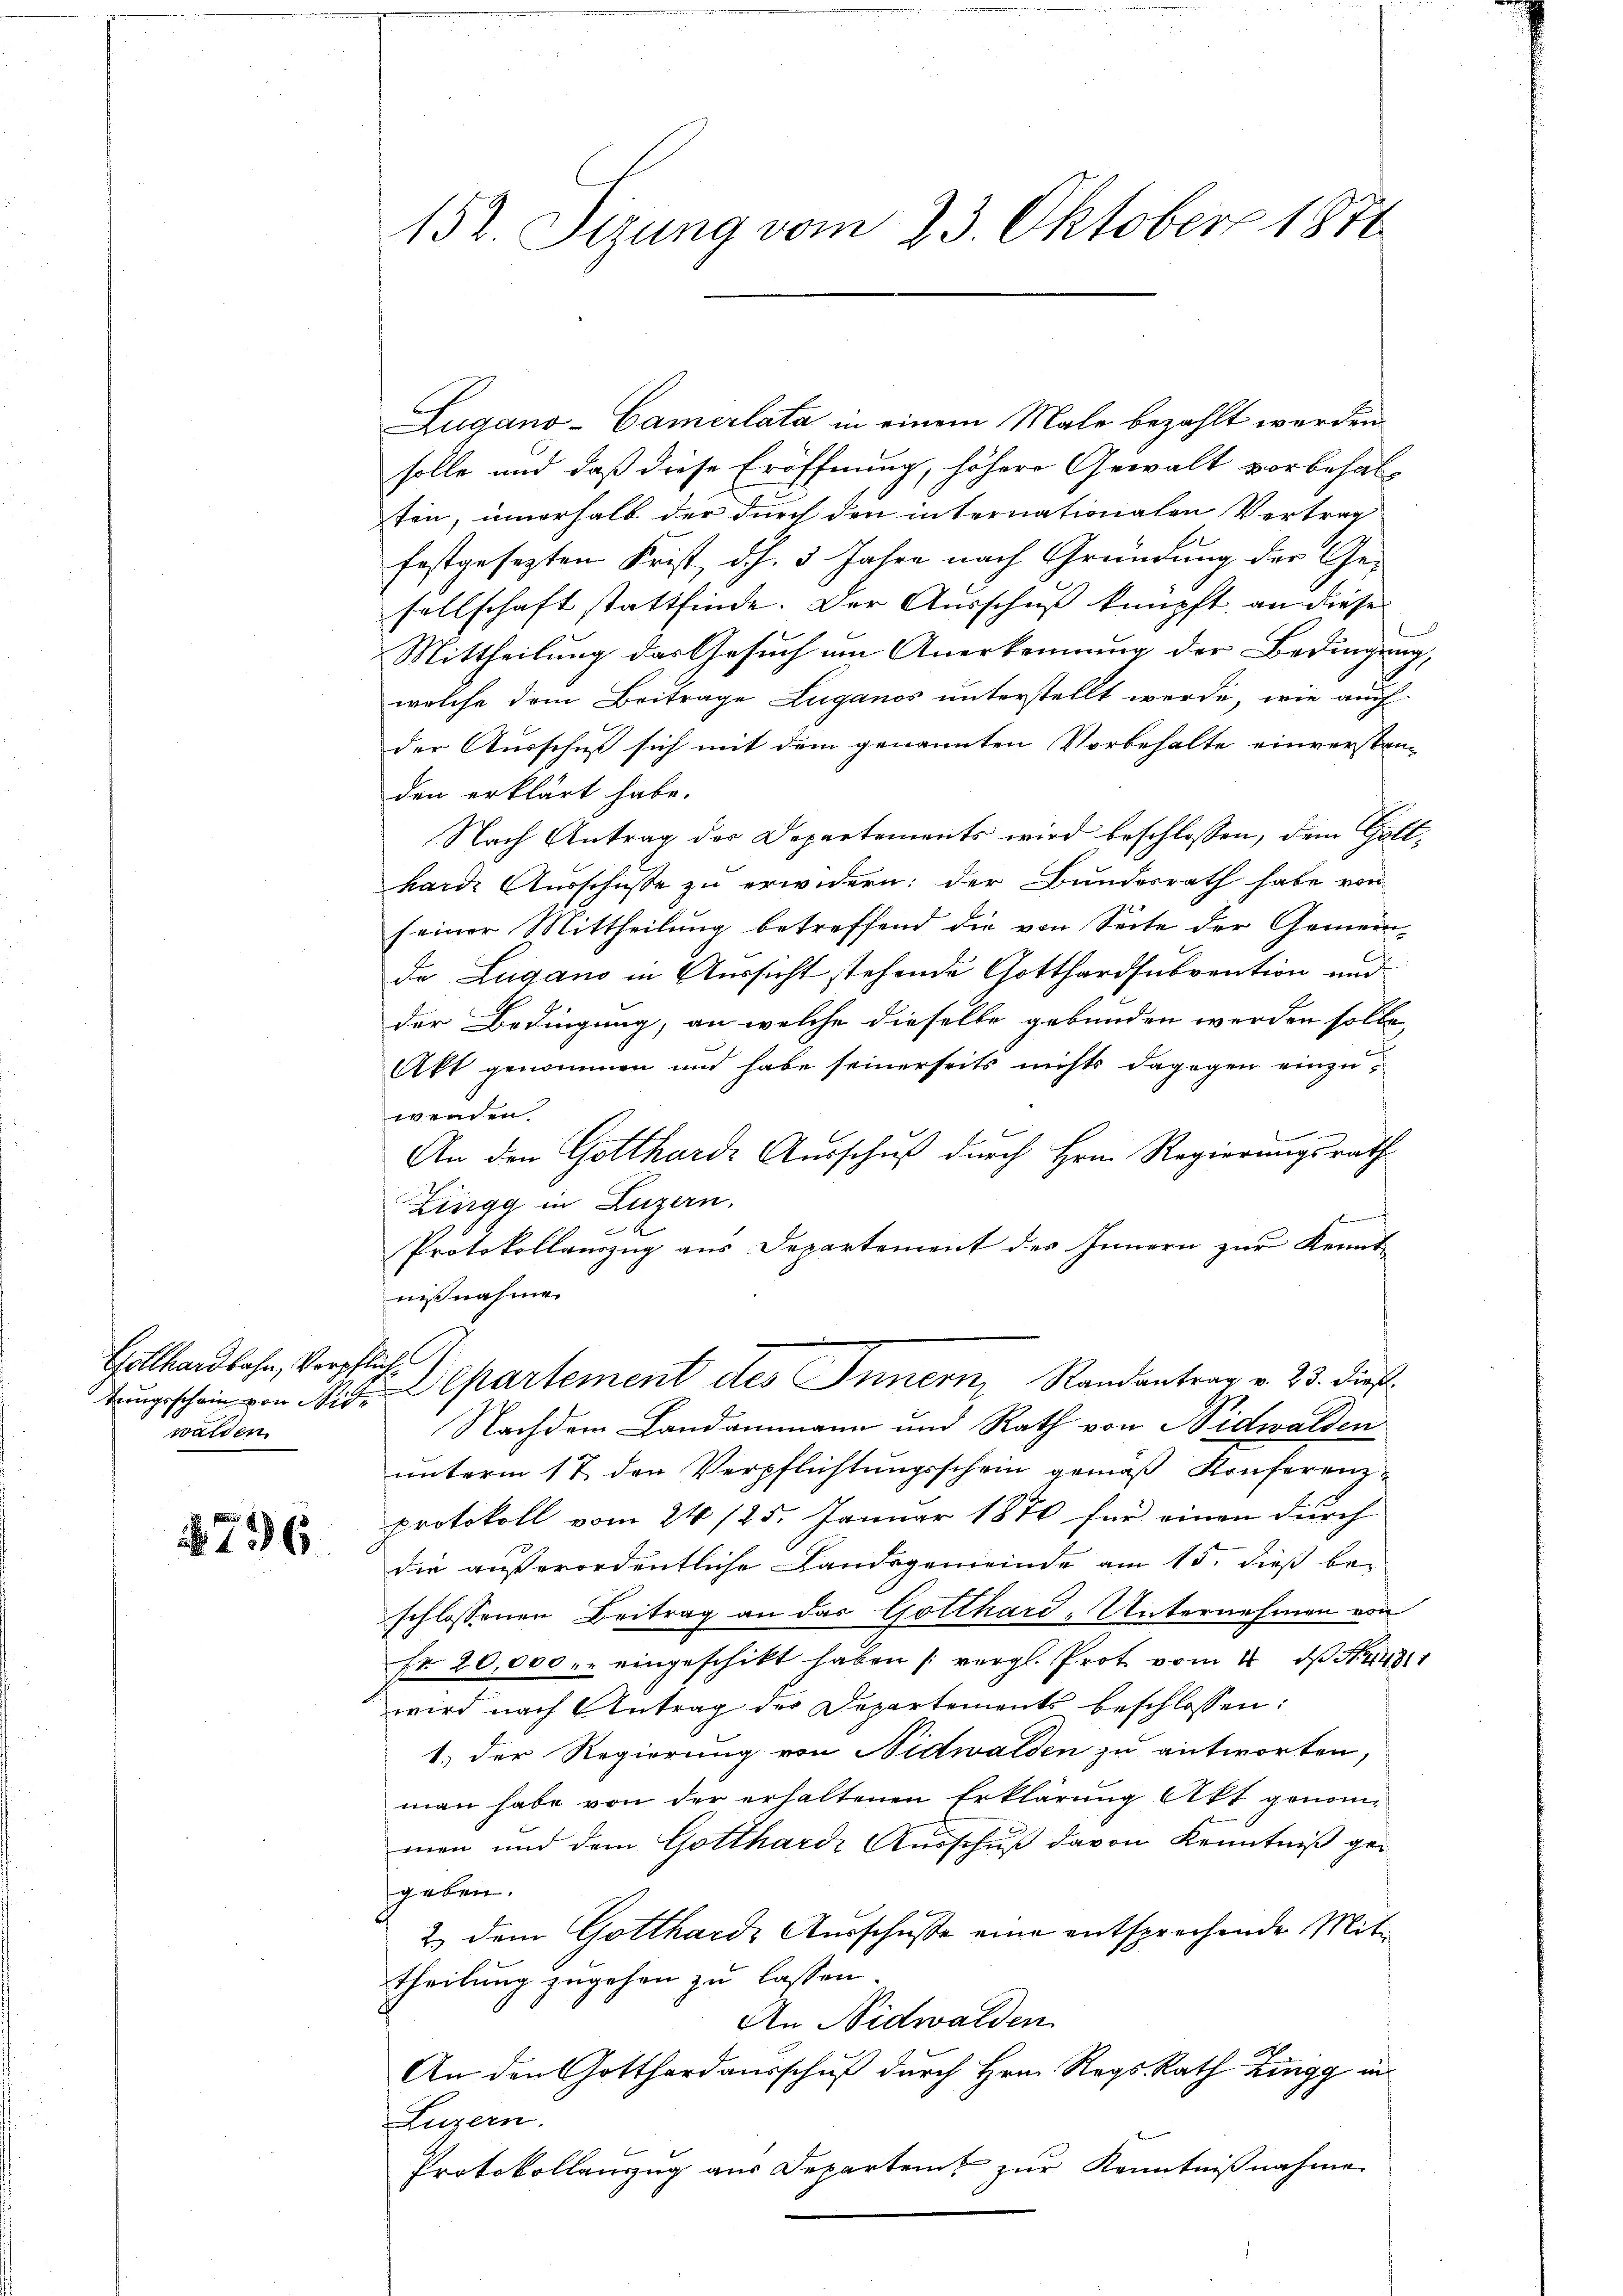
Gotthardbahn, Verpflich
walden

796

152. Sitzung vom 23. Oktober 1871

Zugano-Camerlata in einem Male bezahlt werden.
solle und daß diese Eröffnung, höhere Gewalt vorbehal-
ten, innerhalb der durch den internationalen Vertrag
festgesezten Frist, d.h. 5 Jahre nach Gründung der Gesellschaft stattfinde. Der Ausschuß knüpft, an diese
Mittheilung das Gesuch am Anerkennung der Bedingung,
welche dem Beitrage Luganos unterstellt werde, wie auch
der Ausschuß sich mit dem genannten Vorbehalte einverstanden erklärt habe.
Nach Antrag des Departements wird beschlossen, dem Gotthard Ausschusse zu erwidern: der Bundesrath habe von
seiner Mittheilung betreffend die von Seite der Gemeinde Lugano in Aussicht stehende Gotthardsubvention und
der Bedingung, an welche dieselbe gebunden werden solle,
Akt genommen und habe seinerseits nichts dagegen einzu-
wenden.
E
An den Gottharde Aŭsschuß durch Hrn. Regierungsrath
Zingg in Luzern.
Protokollauszug aus Departement des Innern zur Kennt
nisnahme.
tŭngsschein von Nid. partement des Innern, Randantrag v. 23. dieß
Nachdem Landammann und Rath von Nidwalden
unterm 17. den Verpflichtungsschein gemäß Konferenz-
protokoll vom 24 /25. Januar 1870 für einen durch
die außerordentliche Landsgemeinde am 15. dieß be-
schlossenen Beitrag an das Gotthard-Unternehmen von
Fr. 20,000.- eingeschikt haben (vergl. Prot vom 4. ds Kr
wird nach Antrag der Departements beschlossen:
1.) Der Regierung von Nidwalden zu antworten,
man habe von der erhaltenen Erklärung Akt genommen und dem Gotthard Ausschuß davon Kenntniß gegeben.
2.) dem Gotthard Ausschusse eine entsprechende Mittheilung zugehen zu lassen.
An Nidwalden
An den Gotthardausschuß durch Hrn. Reg. Rath Zingg in
Luzern.
Protokollenzug aus Departen, zur Kenntnißnahme